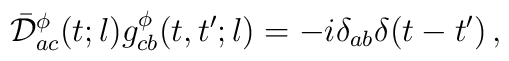
\bar{\cal D}^{\phi}_{ac}(t;l)g^{\phi}_{cb}(t,t';l)=-i\delta_{ab}\delta(t-t')\,,